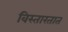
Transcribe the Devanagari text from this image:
विस्तारतात